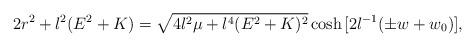
LaTeX: \begin{align*}2 r^2 + l^2(E^2+K) = \sqrt{4l^2\mu+l^4(E^2+K)^2}\cosh{[2l^{-1}(\pm w+w_0)]},\end{align*}